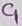
Text: C1